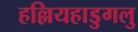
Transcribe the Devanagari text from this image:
हल्लियहाडुगलु